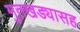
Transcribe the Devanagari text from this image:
मुतखड्यासह